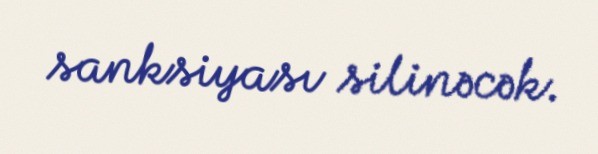
sanksiyası silinəcək.